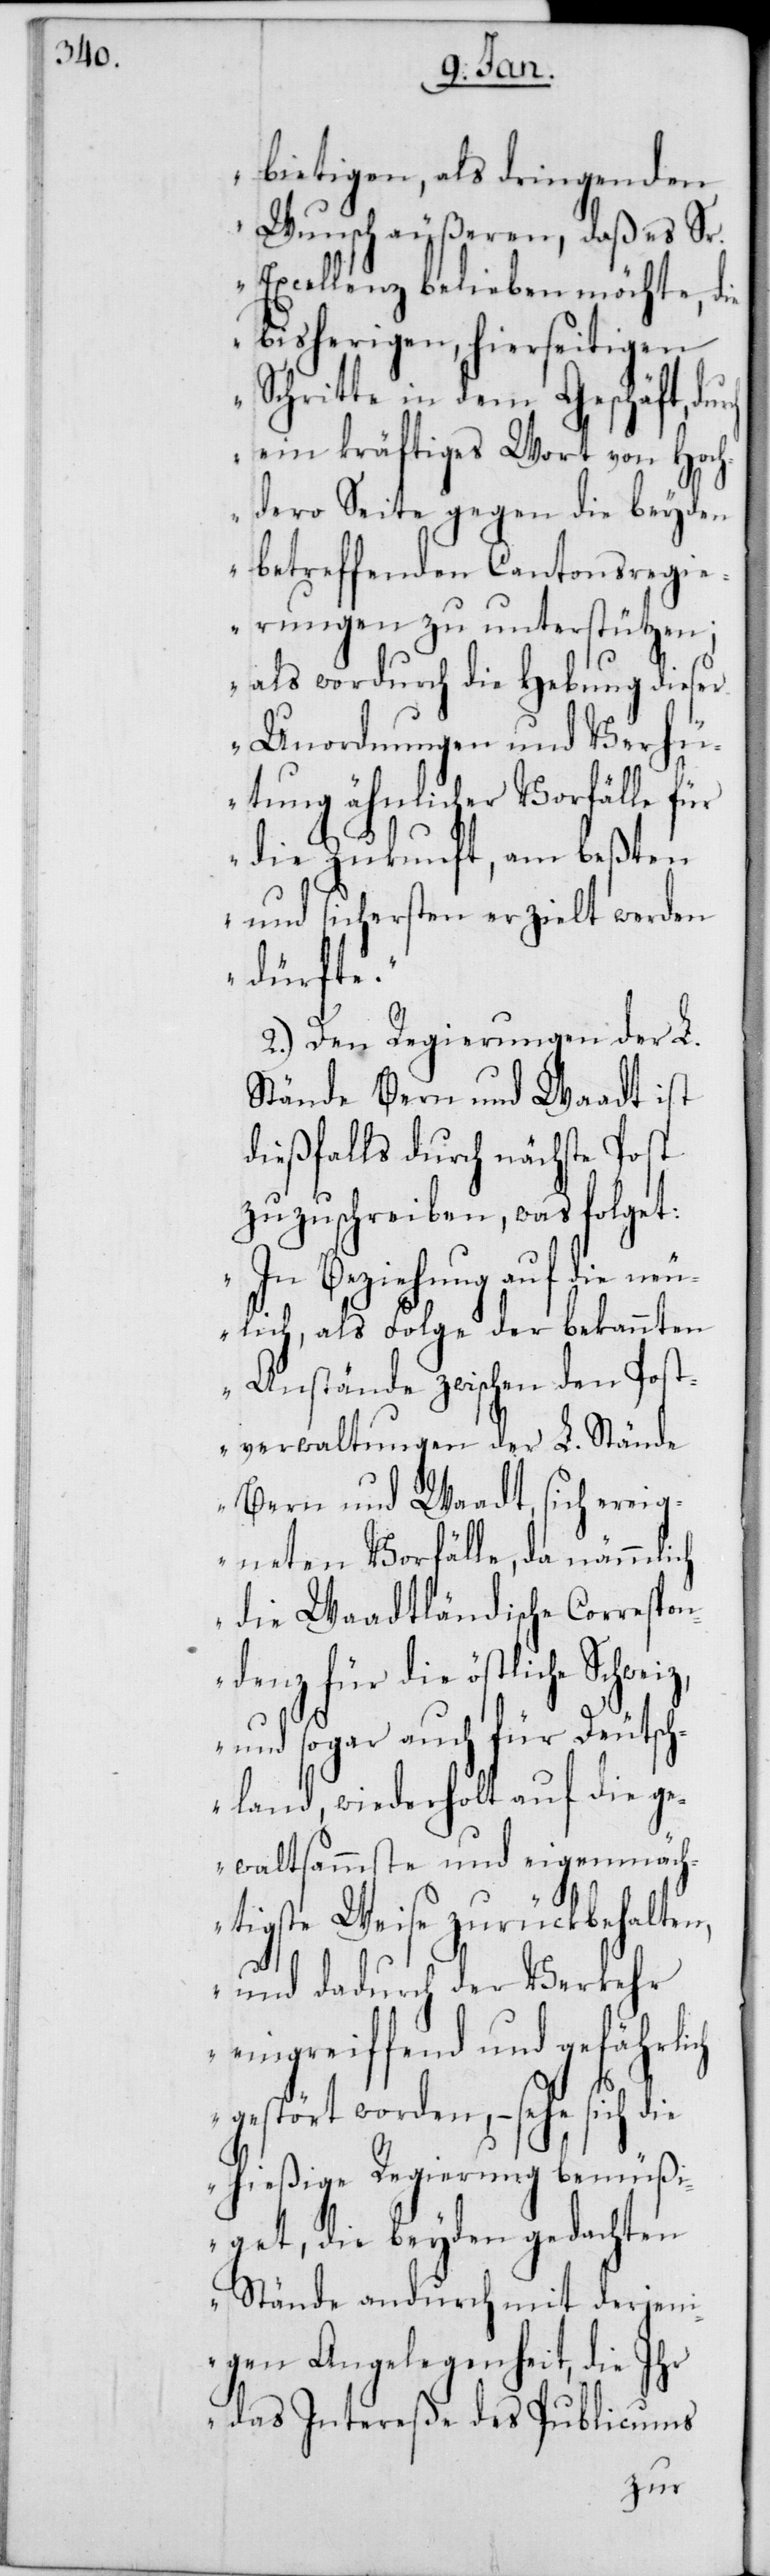
rch

bietigen, als dringenden
Wunsch äußeren, daß es Sr.
Excellenz belieben möchte, die
bisherigen, hierseitigen
Schritte in dem Geschäft, du¬
ein kräftiges Wort von Hoch¬
dero Seite gegen die beyden
betreffenden Cantonsregi¬
erungen zu unterstützen;
als wordurch die Hebung dieser
Unordnungen und Verhü¬
tung ähnlicher Vorfälle für
die Zukunft, am beßten
und sichersten erzielt werden
dürfte.“
2.) Den Regierungen der L.
Stände Bern und Waadt ist
dießfalls durch nächste Post
zuzuschreiben, was folget:
„In Beziehung auf die neu¬
lich, als Folge der bekannten
Anstände zwischen den Post¬
verwaltungen der L. Stände
Bern und Waadt, sich ereig¬
neten Vorfälle, da nämmlich
die Waadtländische Correspon¬
denz für die östliche Schwe¬
und sogar auch für Deutsch¬
land, wiederholt auf die g¬
ewaltsammste und eigenmäch¬
tigste Weise zurückbehalten,
und dadurch der Verkehr
eingreiffend und gefährlich
gestört worden, – sehe
hießige Regierung bemüßi¬
get, die beyden gedachten
Stände andurch mit derjen¬
igen Angelegenheit, die Ihr
das Intereße des Publicums
iz,